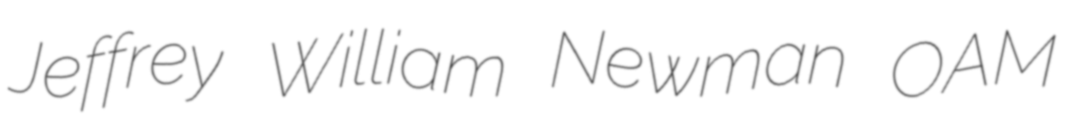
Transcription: Jeffrey William Newman OAM